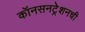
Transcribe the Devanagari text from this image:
कॉनसनट्रेशनची